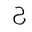
Letter: _ha